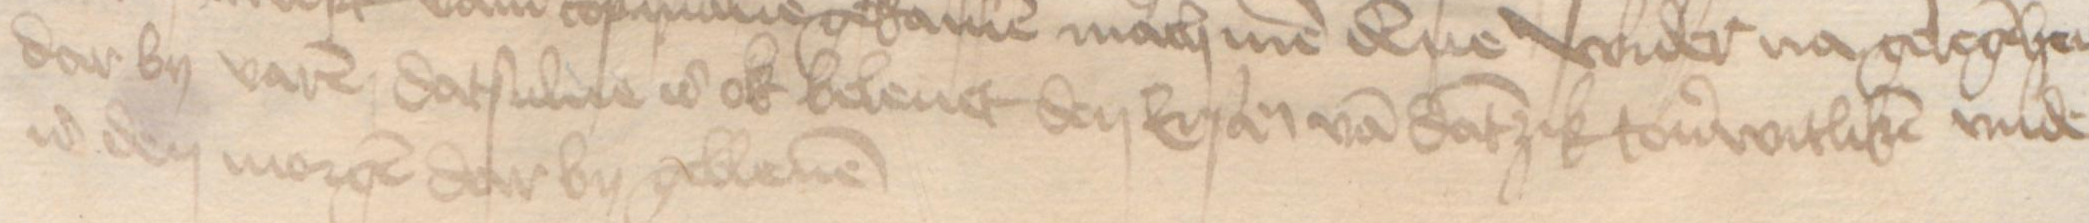
Transcription: dar by varen datsulue is ok beleuet den Ersamen van Dantzik touerwitliken vnde